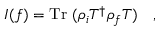
I ( f ) = \mathrm { T r } ~ ( \rho _ { i } { T } ^ { \dag } \rho _ { f } T ) ~ ~ ~ ,